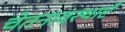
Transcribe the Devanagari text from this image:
चेतनावस्थाएँ